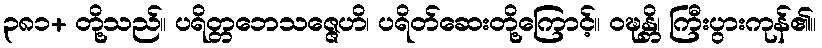
၃၈၁+ တို့သည်။ ပရိတ္တဘေသဇ္ဇေဟိ၊ ပရိတ်ဆေးတို့ကြောင့်။ ဝဍ္ဎန္တိ၊ ကြီးပွားကုန်၏။